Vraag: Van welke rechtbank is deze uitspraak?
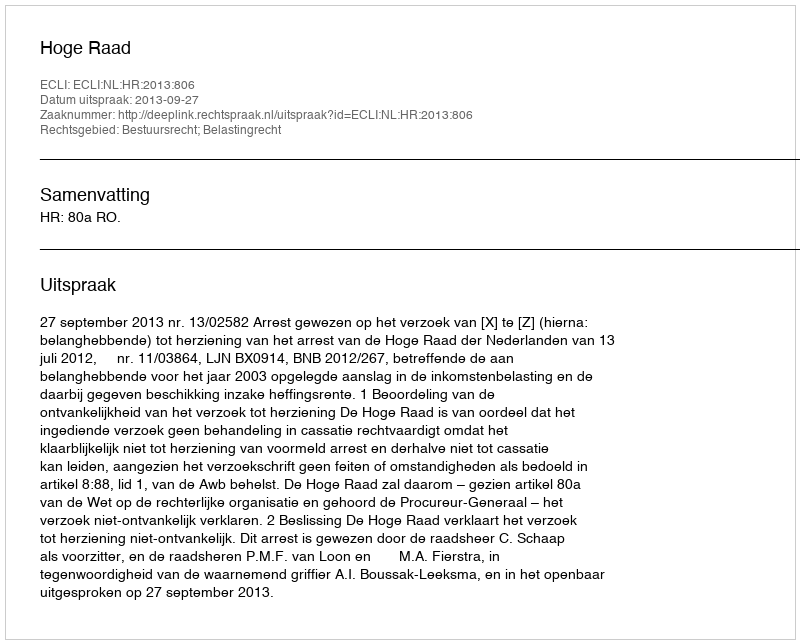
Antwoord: Hoge Raad